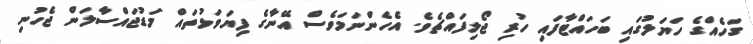
ގަހެއްގެ ހަޔަލުގައި ބަހައްޓާފައި ހުރި ޖޯލިފައްޗެެވެ. އެހެންނަމަވެސް އޭނާގެ ފިޔަވަޅުތައް މަޑުޖައްސާލަން ޖެހުނި